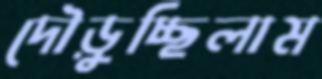
দৌড়ুচ্ছিলাম